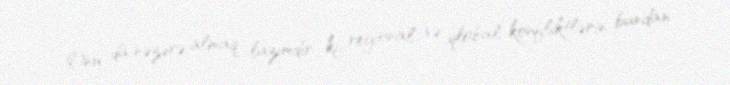
Onu da nəzərə almaq lazımdır ki, regional və qlobal konfliktlərin bundan